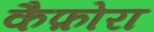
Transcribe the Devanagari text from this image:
कैफ़ोरा